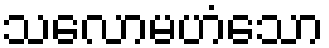
သလောမဟံသော